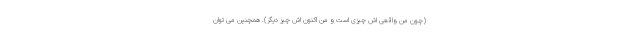
(چون من واقعی اش چیزی است و من اکنون اش چیز دیگر). همچنین می توان